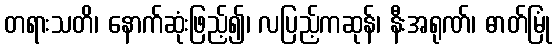
တရားသတိ၊ နောက်ဆုံးဖြည့်၍၊ လပြည့်ကဆုန်၊ နီးအရုဏ်၊ ဓာတ်မြုံ